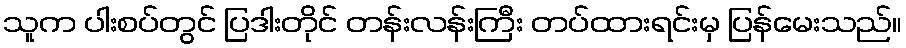
သူက ပါးစပ်တွင် ပြဒါးတိုင် တန်းလန်းကြီး တပ်ထားရင်းမှ ပြန်မေးသည်။